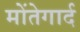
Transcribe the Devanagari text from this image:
मोंतेगार्द